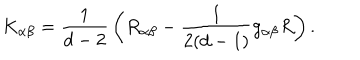
K _ { \alpha \beta } = \frac { 1 } { d - 2 } \, \bigg ( R _ { \alpha \beta } - \frac { 1 } { 2 ( d - 1 ) } g _ { \alpha \beta } R \bigg ) \, .